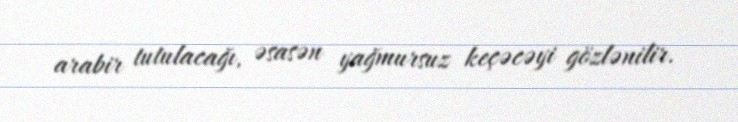
arabir tutulacağı, əsasən yağmursuz keçəcəyi gözlənilir.